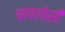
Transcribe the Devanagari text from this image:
चापलोसी